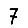
Digit: 7